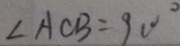
\angle A C B = 9 0 ^ { \circ }